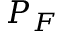
P _ { F }